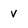
Character: V